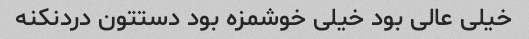
خیلی عالی بود خیلی خوشمزه بود دستتون دردنکنه